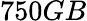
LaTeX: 750GB